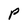
Character: p